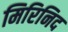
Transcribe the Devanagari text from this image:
मिरिनिद